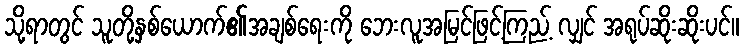
သို့ရာတွင် သူတို့နှစ်ယောက်၏အချစ်ရေးကို ဘေးလူအမြင်ဖြင့်ကြည့် လျှင် အရုပ်ဆိုးဆိုးပင်။